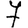
Digit: 7